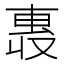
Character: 𫩄